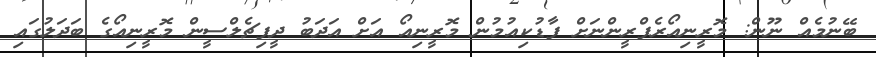
ބޭނުމެއް ނޫން: މޮރީނިއޯރެފްރީންނަށް ފާޑުކިއުމުން މޮރީނިއޯ އަށް އަދަބު ދީފިޗެލްސީން މޮރީނިއޯގެ ބަދަލުގައި